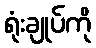
ရုံးချုပ်ကို